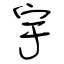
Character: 宇